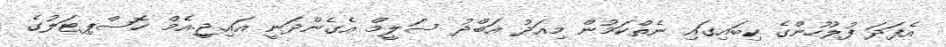
އެފަދަ ފުލުހުންގެ ކިބައިގައި ނެތްކަމުން މިއަދު އަބްދު ސަލީމް އެގެންދަނީ އައި.ޖީ.އެމް ހޮސްޕިޓަލުގެ